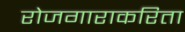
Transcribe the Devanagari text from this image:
रोजगाराकरिता